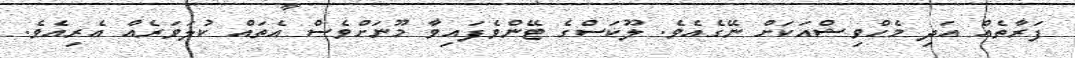
ފަރާތެއް އަދި މެހްވިޝްއަކަށް ނޭގެއެވެ. ލޫކަސްގެ ޓޭންވެފައިވާ މޫނަށްވެސް އެތައް ކުލަވަރެއް އެރިއެވެ.